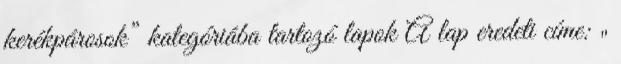
kerékpárosok” kategóriába tartozó lapok A lap eredeti címe: „